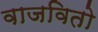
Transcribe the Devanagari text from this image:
वाजवितो